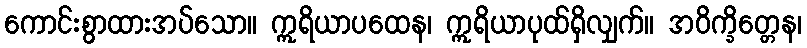
ကောင်းစွာထားအပ်သော။ ဣရိယာပထေန၊ ဣရိယာပုထ်ရှိလျှက်။ အဝိက္ခိတ္တေန၊